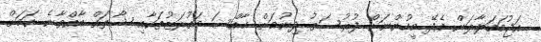
އަޖުމަބަލާލަން އެދޭ މީހުންނަށް ފުރުސަތު ދިނުމަށް ޚާއްސަ މައުރަޒުތަކާއި ޝޯތައް ބާއްވާނެ ކަމަށް